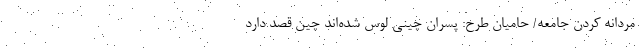
مردانه کردن جامعه/ حامیان طرح: پسران چینی لوس شده‌اند چین قصد دارد